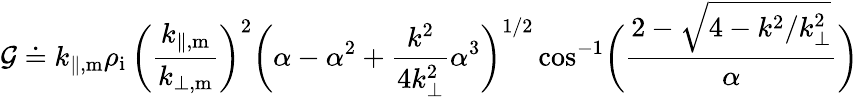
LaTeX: \mathcal{G}\doteq k_{\parallel,\mathrm{m}}\rho_{\mathrm{i}}\, \biggl(\frac{k_{\parallel,\mathrm{m}}}{k_{\perp,\mathrm{m}}}\biggr)^{2}\biggl(\alpha-\alpha^{2}+\frac{k^{2}}{4k_{\perp}^{2}}\alpha^{3}\biggr)^{1/2}\cos^{-1}\biggl(\frac{2-\sqrt{4-k^{2}/k_{\perp}^{2}}}{\alpha}\biggr)